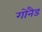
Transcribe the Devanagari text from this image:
गोनैड